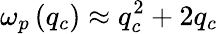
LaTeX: \omega_{p}\left(q_{c}\right)\approx q_{c}^{2}+2q_{c}